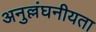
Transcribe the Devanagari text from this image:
अनुल्लंघनीयता